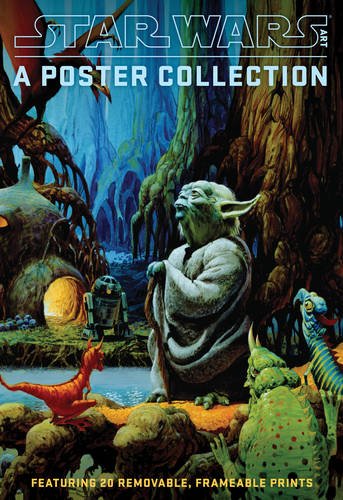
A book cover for Star Wars Art: A Poster Collection (Poster Book): Featuring 20 Removable, Frameable Prints; Lucasfilm Ltd; Crafts, Hobbies & Home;